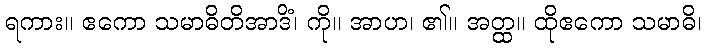
ရကား။ ဧကော သမာဓိတိအာဒိံ၊ ကို။ အာဟ၊ ၏။ အတ္ထ။ ထိုဧကော သမာဓိ၊